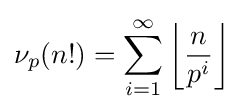
\nu _{p}(n!)=\sum _{i=1}^{\infty }\left\lfloor {\frac {n}{p^{i}}}\right\rfloor